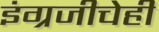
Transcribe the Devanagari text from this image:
इंग्रजीचेही